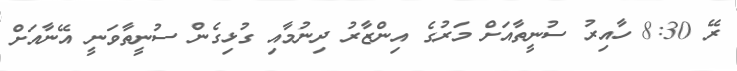
ރޭ 8:30 ހާއިރު ސުނީތާއަށް މަރުގެ އިންޒާރު ދިނުމާއި ގުޅިގެން ސުނީތާވަނީ އޭނާއަށް